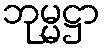
ဘုမ္မဋ္ဌာ